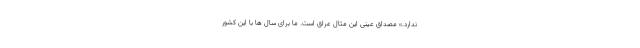
ندارد.» مصداق عینی این مثال عراق است. ما برای سال ‌ها با این کشور